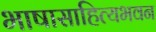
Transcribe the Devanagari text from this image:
भाषासाहित्यभवन